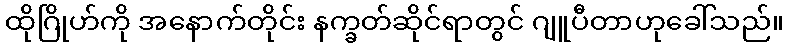
ထိုဂြိုဟ်ကို အနောက်တိုင်း နက္ခတ်ဆိုင်ရာတွင် ဂျူပီတာဟုခေါ်သည်။